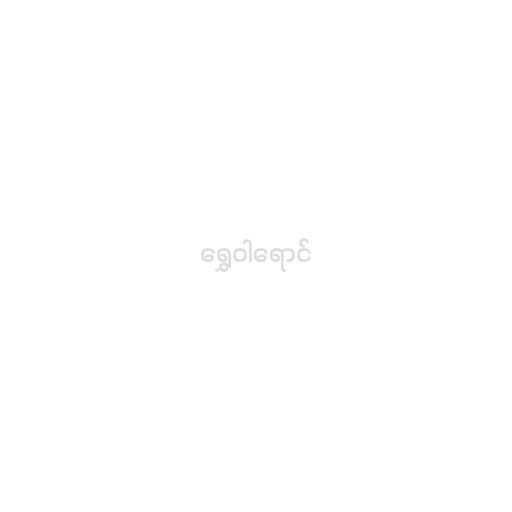
ရွှေဝါရောင်